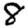
Digit: 8